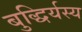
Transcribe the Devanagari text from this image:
बुद्धिर्यस्य